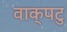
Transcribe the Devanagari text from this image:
वाक्‌पटु